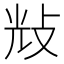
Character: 𢼯